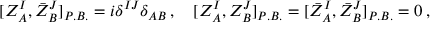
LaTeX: [ { \cal Z } _ { A } ^ { I } , \bar { \cal Z } _ { B } ^ { J } ] _ { P . B . } = i \delta ^ { I J } \delta _ { A B } \, , \quad [ { \cal Z } _ { A } ^ { I } , { \cal Z } _ { B } ^ { J } ] _ { P . B . } = [ \bar { \cal Z } _ { A } ^ { I } , \bar { \cal Z } _ { B } ^ { J } ] _ { P . B . } = 0 \, ,